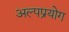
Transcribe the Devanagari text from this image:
अल्पप्रयोग